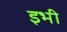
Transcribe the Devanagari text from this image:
इभी